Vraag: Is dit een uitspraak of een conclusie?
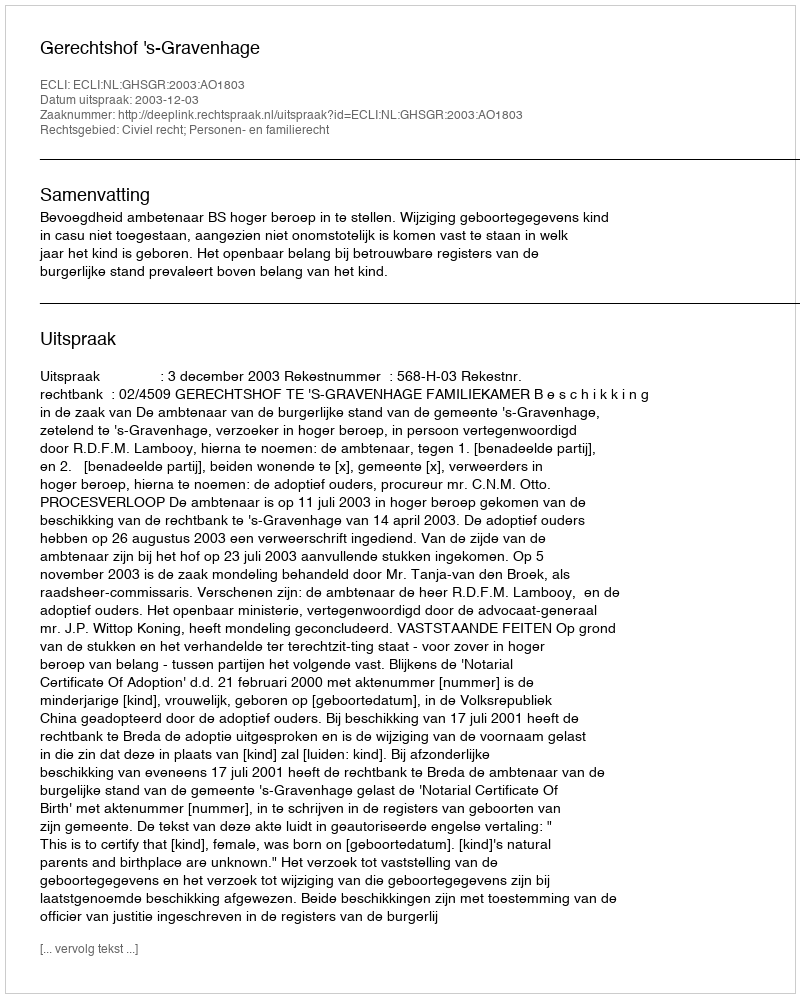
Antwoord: Uitspraak